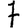
Digit: 7